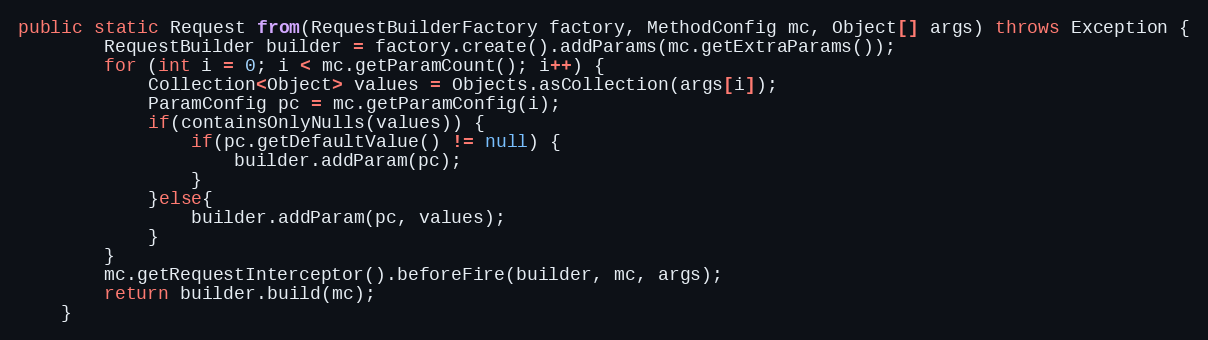
Language: Java
public static Request from(RequestBuilderFactory factory, MethodConfig mc, Object[] args) throws Exception {
        RequestBuilder builder = factory.create().addParams(mc.getExtraParams());
        for (int i = 0; i < mc.getParamCount(); i++) {
            Collection<Object> values = Objects.asCollection(args[i]);
            ParamConfig pc = mc.getParamConfig(i);
            if(containsOnlyNulls(values)) {
                if(pc.getDefaultValue() != null) {
                    builder.addParam(pc);
                }
            }else{
                builder.addParam(pc, values);
            }
        }
        mc.getRequestInterceptor().beforeFire(builder, mc, args);
        return builder.build(mc);
    }